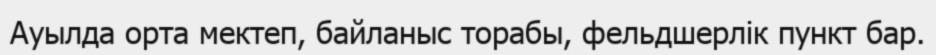
Ауылда орта мектеп, байланыс торабы, фельдшерлік пункт бар.